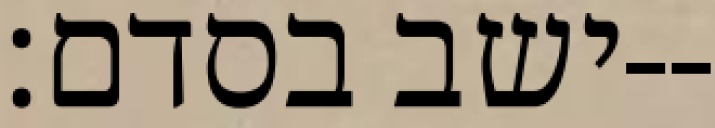
ישב בסדם׃--